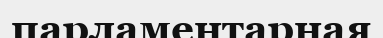
парламентарная